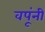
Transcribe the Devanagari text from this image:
वपूंनी